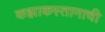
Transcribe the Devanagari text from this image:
कझाकस्तानाची